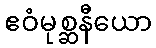
ဧဝံမုစ္ဆနီယော